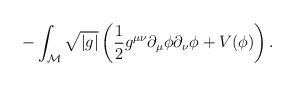
LaTeX: \begin{align*}-\int_{\cal M}\sqrt{\left|g \right|}\left( \frac{1}{2}g^{\mu \nu}\partial_{\mu } \phi \partial_{\nu} \phi + V (\phi)\right).\end{align*}